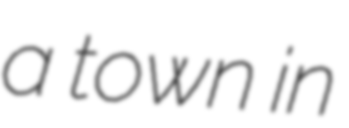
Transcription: a town in